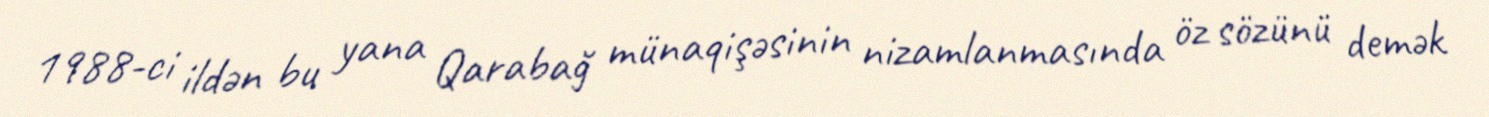
1988-ci ildən bu yana Qarabağ münaqişəsinin nizamlanmasında öz sözünü demək